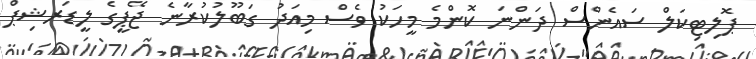
ޕޮލިޓިކަލް ސައެންސް ދަންނަ ކޮންމެ މީހަކު ވެސް މިއަދު ގަބޫލުކުރާނެ ޖޭޕީގެ ލީޑަރޝިޕް